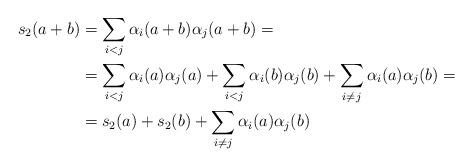
LaTeX: \begin{align*}s_2(a + b) &= \sum_{i<j} \alpha_i(a+b)\alpha_j(a+b) = \\&= \sum_{i<j}\alpha_i(a)\alpha_j(a) + \sum_{i<j}\alpha_i(b)\alpha_j(b) +\sum_{i\neq j}\alpha_i(a)\alpha_j(b)= \\&= s_2(a) + s_2(b) + \sum_{i\neq j} \alpha_i(a)\alpha_j(b)\end{align*}